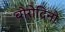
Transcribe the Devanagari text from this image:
बोरोदिनो